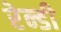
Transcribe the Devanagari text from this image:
रेन्डी